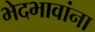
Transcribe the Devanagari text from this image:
भेदभावांना